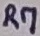
Text: R7